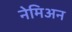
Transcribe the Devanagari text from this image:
नेमिअन